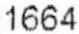
1664